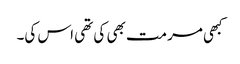
کبھی مرمت بھی کی تھی اس کی۔